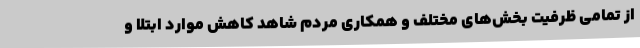
از تمامی ظرفیت بخش‌های مختلف و همکاری مردم شاهد کاهش موارد ابتلا و